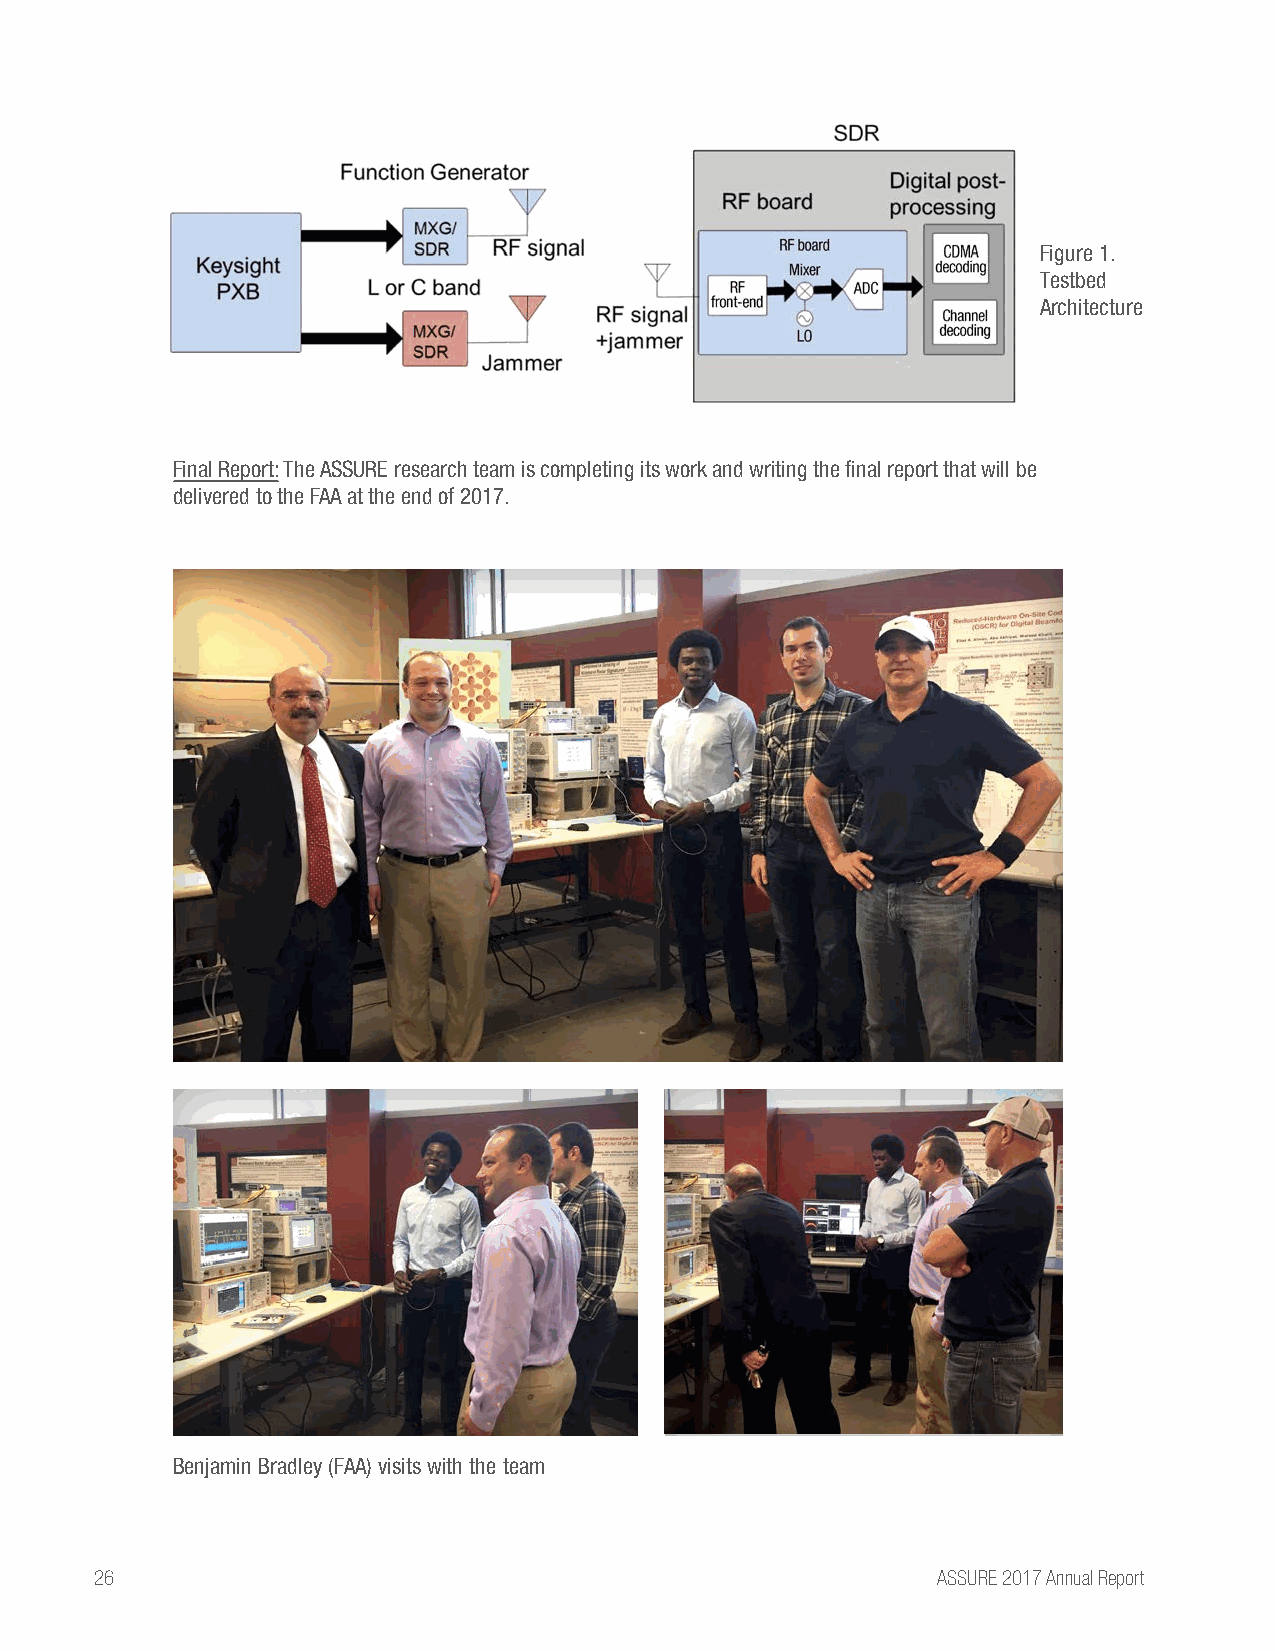
Figure 1.
 Testbed
 Architecture
 Final Report: The ASSURE research team is completing its work and writing the final report that will be
 delivered to the FAA at the end of 2017.
 Benjamin Bradley (FAA) visits with the team
 26                                                      ASSURE 2017 Annual Report